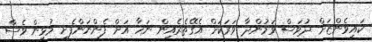
ކައިވެންޏަށް ދުވަސް ވަމުންދާ ވަރަކަށް އެގޭތެރެއިން ނަހާ އަށް ފެންނަންފެށީ މުޅިން ވެސް